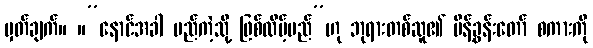
မှတ်ချက်။ ။”နောင်အခါ မည်ကဲ့သို့ ဖြစ်လိမ့်မည်”ဟု ဘုရားတစ်ဆူ၏ မိန့်ခွန်းတော် စကားကို